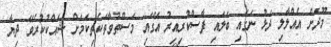
މޫދަށް އެއްލާލި ދަޅު ނަގައި ބަލައި ފާސްކުރިއިރު އޭގައި މަސްތުވާތަކެތިކަމަށް ޝައްކުކުރެވޭ ދިޔާ